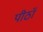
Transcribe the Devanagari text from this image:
पीठॉ